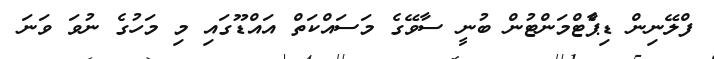
ފްލޭނިން ޑިޕާެޓްމަންޓުން ބުނީ ސާވޭގެ މަސައްކަތް އައްޑޫގައި މި މަހުގެ ނުވަ ވަނަ